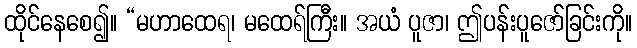
ထိုင်နေစေ၍။ “မဟာထေရ၊ မထေရ်ကြီး။ အယံ ပူဇာ၊ ဤပန်းပူဇော်ခြင်းကို။